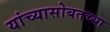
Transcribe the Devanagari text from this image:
यांच्यासोबतच्या